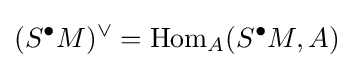
(S^{\bullet }M)^{\vee }={\text{Hom}}_{A}(S^{\bullet }M,A)